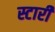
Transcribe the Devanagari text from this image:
स्टारी